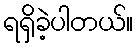
ရရှိခဲ့ပါတယ်။